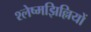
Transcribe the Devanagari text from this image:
श्लेष्मझिल्लियों